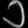
Digit: ၁